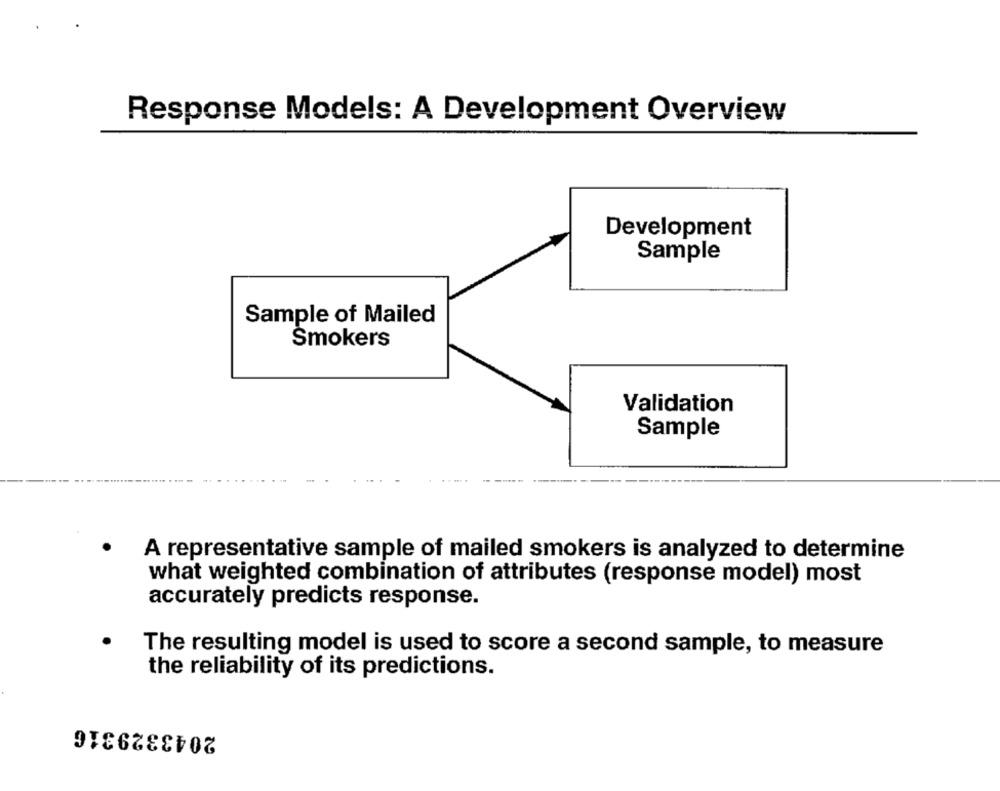
Response Models: A Development Overview
Development
Sample
Sample of Mailed
Smokers
Validation
Sample
A representative sample of mailed smokers is analyzed to determine
what weighted combination of attributes (response model) most
accurately predicts response.
The resulting model is used to score a second sample, to measure
the reliability of its predictions.
2043329316